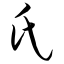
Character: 氏